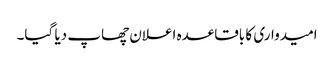
امیدواری کا باقاعدہ اعلان چھاپ دیا گیا۔